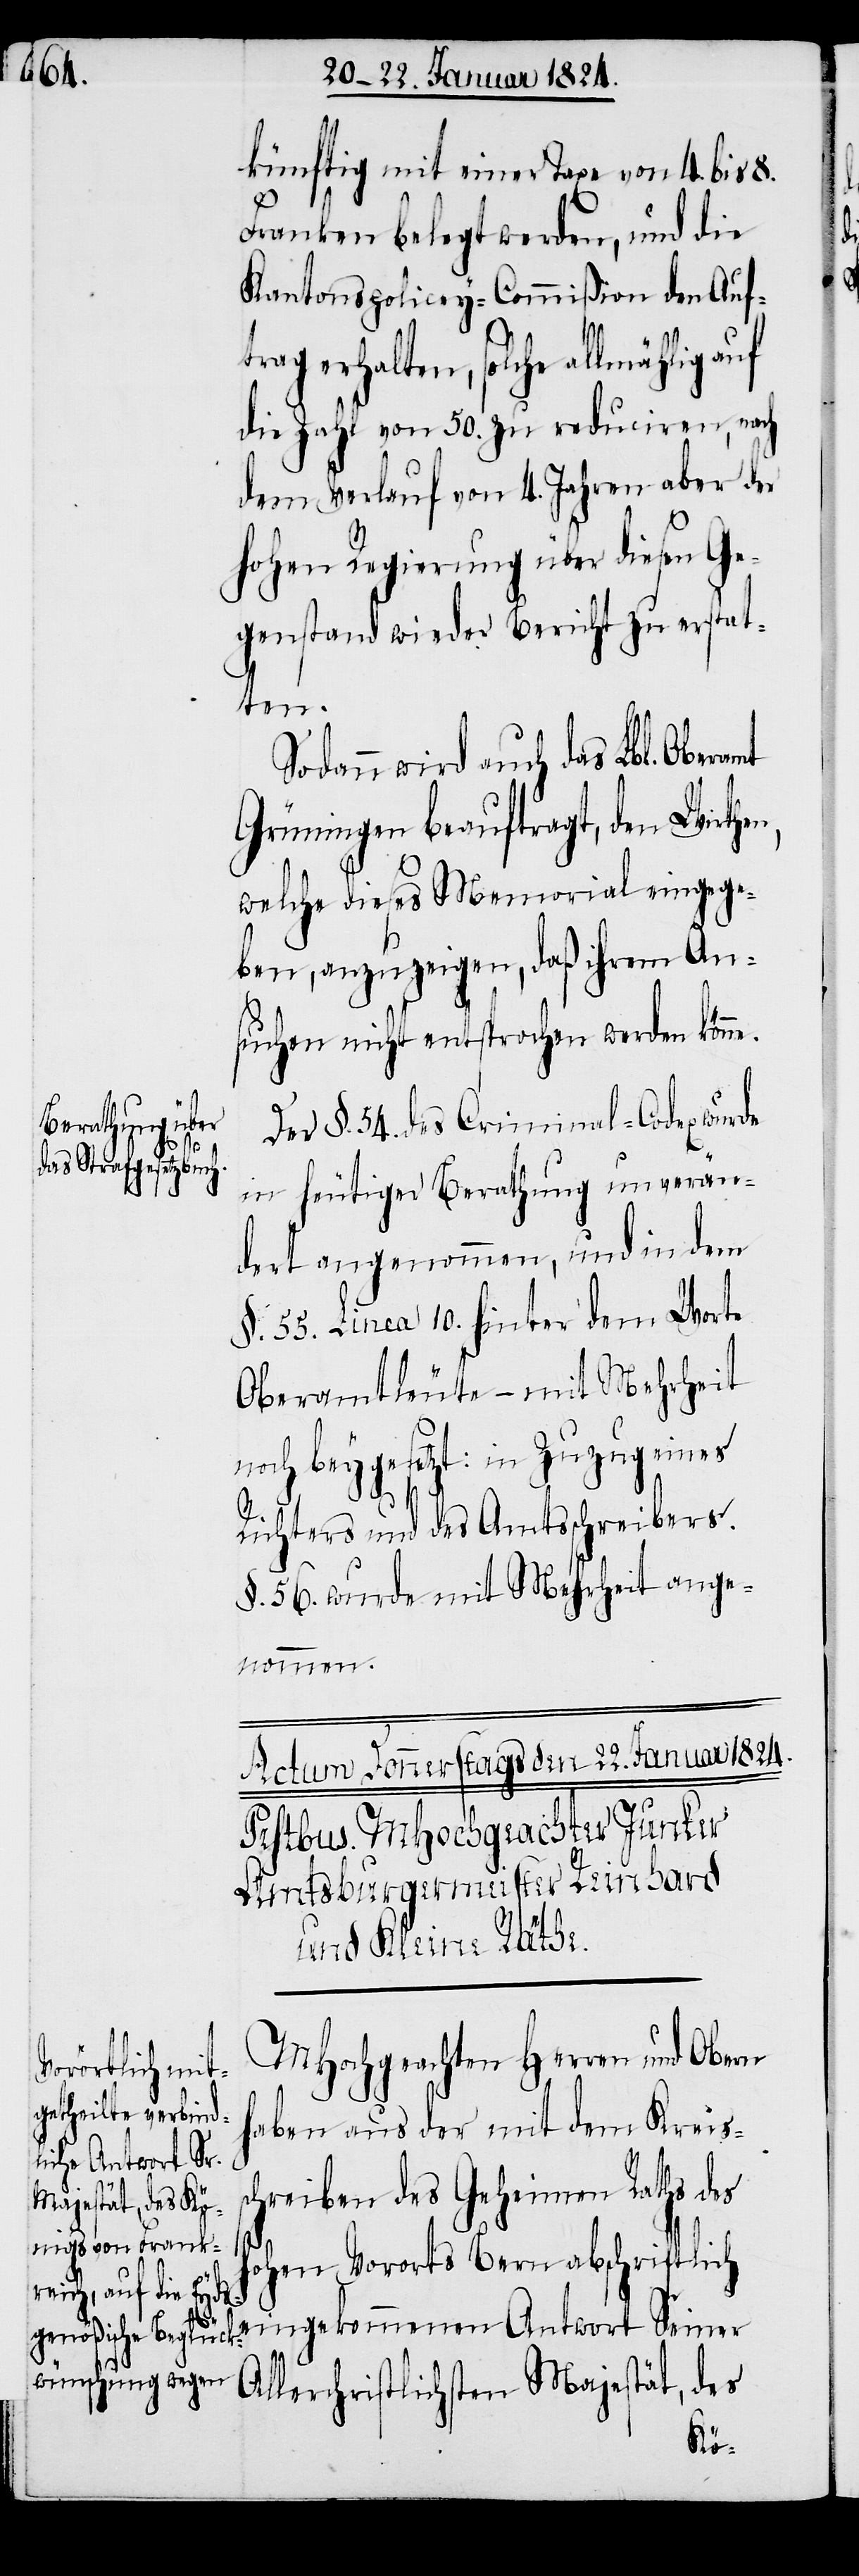
künftig mit einer Taxe von 4. bis 8.
Franken belegt werden, und die
Kantonspolicey-Commißion den Auf¬
trag erhalten, solche allmächtig
die Zahl von 50. zu reduciren, nach
dem Verlauf von 4. Jahren aber der
hohen Regierung über diesen Ge¬
genstand wieder Bericht zu erstat¬
ten.
Sodann wird auch das Lbl. Obera¬
Grüningen beauftragt, den Wirthen,
welche dieses Memorial eingege¬
ben, anzuzeigen, daß ihrem An¬
suchen nicht entsprochen werden könn¬
Der §. 54. des Criminal-Codex wurde
in heutiger Berathung unverän¬
dert angenommen, und in dem
§. 55. Linea 10. hinter dem Worte
Oberamtleute – mit Mehrheit
noch beygesetzt: in Zuzug eines
Richters und des Amtsschreibers.
§. 56. wurde mit Mehrheit ange¬
nommen.
MHochgeachten Herren und Obern
haben aus der mit dem Kreis¬
hreiben des Geheimen Raths des
hohen Vororts Bern abschriftlich
eingekommenen Antwort Seiner
Allerchristlichsten Majestät, des
sc¬